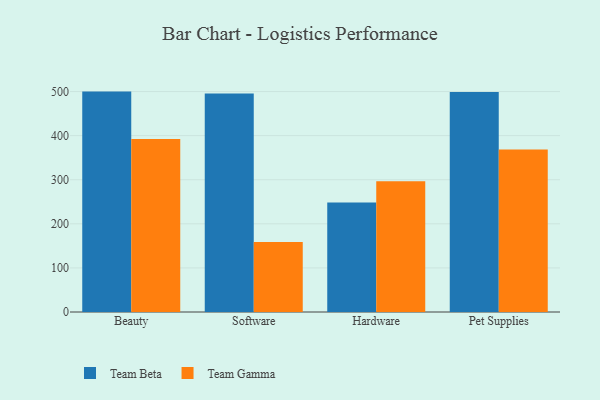
{"axis": {"x": "Category", "y": "Website Visitors"}, "legend": ["Team Beta", "Team Gamma"], "data": [{"x": "Beauty", "y": 499.9, "type": "Team Beta"}, {"x": "Beauty", "y": 392.5, "type": "Team Gamma"}, {"x": "Software", "y": 495.7, "type": "Team Beta"}, {"x": "Software", "y": 158.5, "type": "Team Gamma"}, {"x": "Hardware", "y": 248.1, "type": "Team Beta"}, {"x": "Hardware", "y": 296.3, "type": "Team Gamma"}, {"x": "Pet Supplies", "y": 499.1, "type": "Team Beta"}, {"x": "Pet Supplies", "y": 368.3, "type": "Team Gamma"}]}